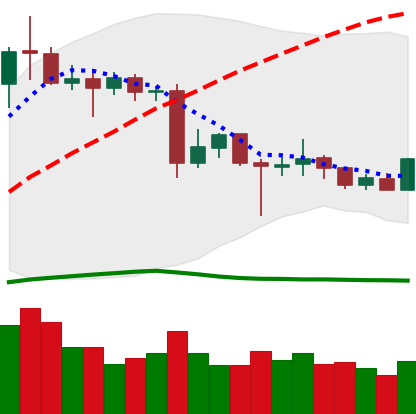
Ticker: XLM-USD
Chart end date: 2020-06-22
Forward return: -12.081%
Label: down_7plus